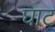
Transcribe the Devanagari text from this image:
घाट